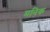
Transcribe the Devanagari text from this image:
मनिक